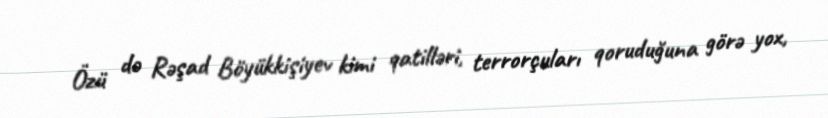
Özü də Rəşad Böyükkişiyev kimi qatilləri, terrorçuları qoruduğuna görə yox,